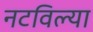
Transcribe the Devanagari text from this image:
नटविल्या